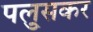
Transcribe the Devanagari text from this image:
पलु्सकर